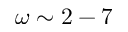
\omega \sim 2 - 7